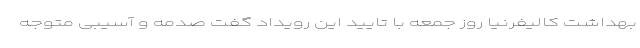
بهداشت کالیفرنیا روز جمعه با تایید این رویداد گفت صدمه و آسیبی متوجه